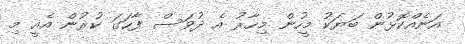
އަނެއްކޮޅުން ބަޔަކު މީހުން މިހާރު އެ ދުވަސް ފާހަގަ ކުރުން އެއީ މި